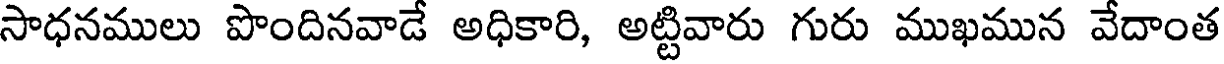
సాధనములు పొందినవాడే అధికారి, అట్టివారు గురు ముఖమున వేదాంత